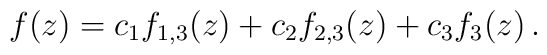
f(z)=c_1f_{1,3}(z)+c_2f_{2,3}(z)+c_3f_3(z)\, .